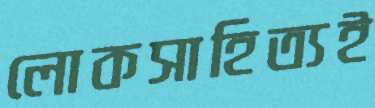
লোকসাহিত্যই